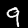
Digit: 9